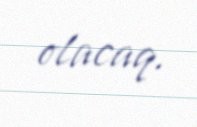
olacaq.